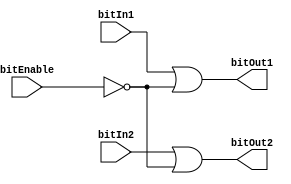
module inputNOTbitSet(bitEnable, bitIn1, bitIn2, bitOut1, bitOut2);
//inputs
input bitEnable;
input bitIn1;
input bitIn2;
//outputs
output bitOut1;
output bitOut2;

//auxiliares

wire w1;

//logica combinacional del modulo
not(w1, bitEnable);
or(bitOut1, bitIn1, w1);
or(bitOut2, bitIn2, w1);


endmodule